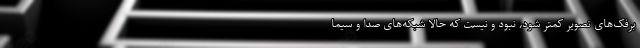
برفک‌های تصویر کمتر شود، نبود و نیست که حالا شبکه‌های صدا و سیما